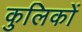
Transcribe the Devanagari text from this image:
कुलिकों